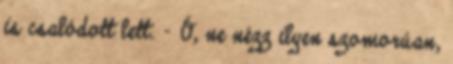
is csalódott lett. – Ó, ne nézz ilyen szomorúan,